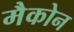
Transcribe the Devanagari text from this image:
मैकोन